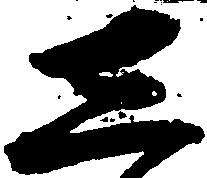
し